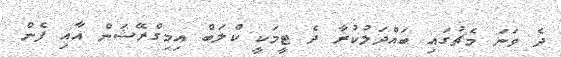
ދެ ވަނަ މެޗުގައި ބައްދަލުކުރާ ދެ ޓީމަކީ ކްލަބް އިމިގްރޭޝަން އާއި ފެން